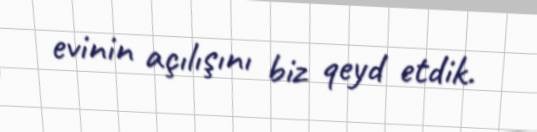
evinin açılışını biz qeyd etdik.